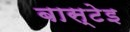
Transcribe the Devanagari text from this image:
बास्टेइ